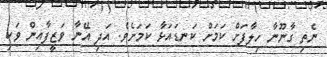
ނެތި ގާނޫނާ ހިލާފަށް ކަމަށް ކަނޑައަޅާ ކަމަށެވެ. އަދި އޭނާ ވަޒީފާއިން ވަކި